Annual report on the Civil Veterinary Department, Burma (including the Insein Veterinary School) - 1923-1931
Year: 1923
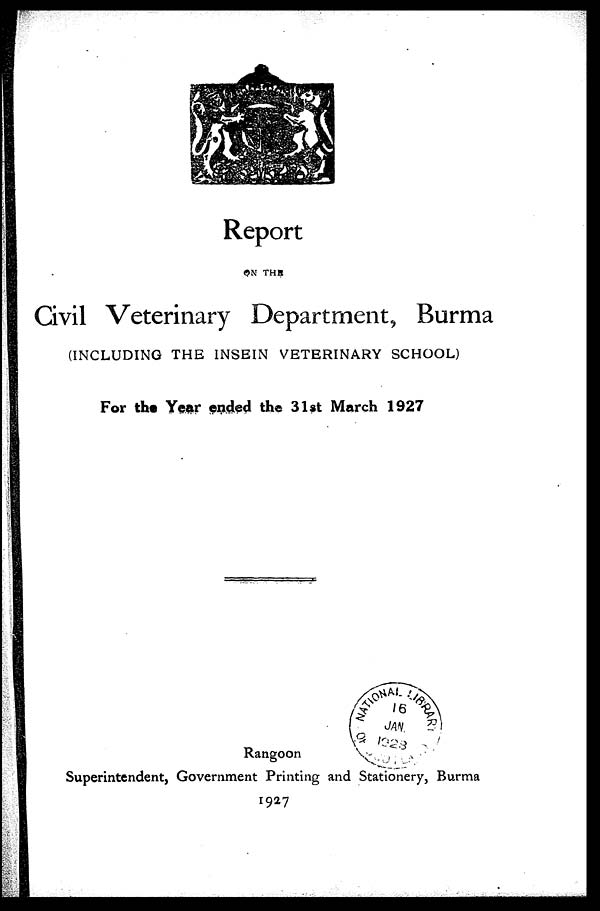
Report
ON THE
Civil Veterinary Department, Burma
(INCLUDING THE 1NSEIN VETERINARY SCHOOL)
For the Year ended the 31st March 1927
Rangoon
Superintendent, Government Printing and Stationery, Burma
1927